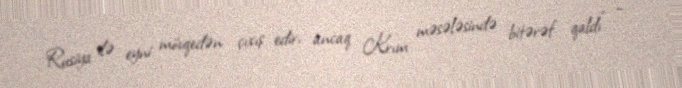
Rusiya ilə eyni mövqedən çıxış edir, ancaq Krım məsələsində bitərəf qaldı” –